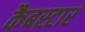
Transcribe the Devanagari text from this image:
कैबस्टार